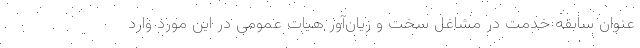
عنوان سابقه خدمت در مشاغل سخت و زیان‌آور هیات عمومی در این مورد وارد